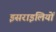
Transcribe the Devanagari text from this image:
इसराइलियों